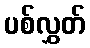
ပစ်လွှတ်